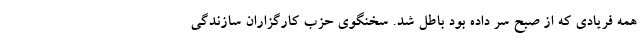
همه فریادی که از صبح سر داده بود باطل شد. سخنگوی حزب کارگزاران سازندگی